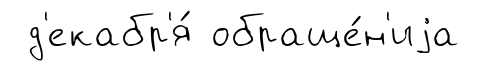
д'екабр'я́ обраще́н'иjа